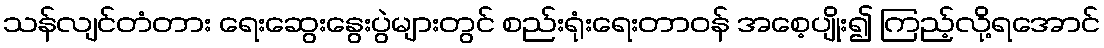
သန်လျင်တံတား ရေးဆွေးနွေးပွဲများတွင် စည်းရုံးရေးတာဝန် အစေ့ပျိုး၍ ကြည့်လို့ရအောင်